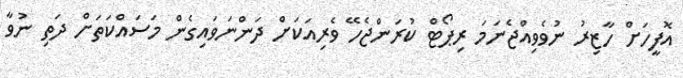
އޮފީހަށް ހާޒިރު ނުވެވިއްޖެނަމަ ރިޕޯޓް ކުރަންޖެހޭ ވެރިއަކަށް ދަންނަވައިގެން މަސައްކަތަށް ދަތި ނުވާ